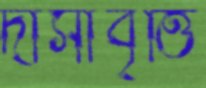
দাসীবৃত্তি